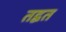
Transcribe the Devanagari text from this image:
तद्वत